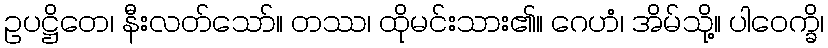
ဥပဋ္ဌိတေ၊ နီးလတ်သော်။ တဿ၊ ထိုမင်းသား၏။ ဂေဟံ၊ အိမ်သို့။ ပါဝေက္ခိ၊